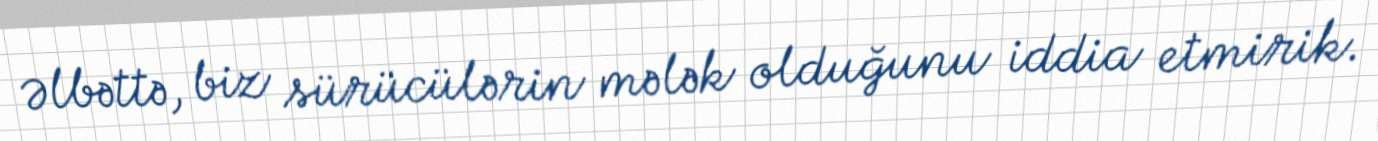
Əlbəttə, biz sürücülərin mələk olduğunu iddia etmirik.